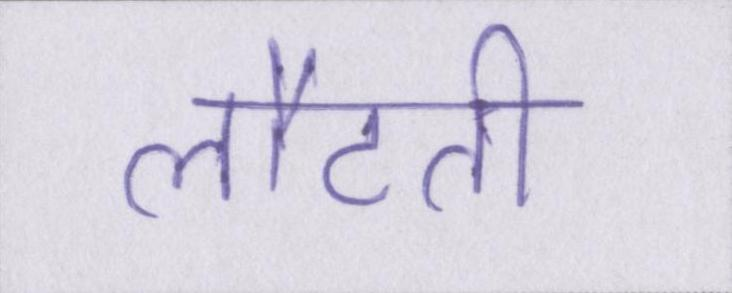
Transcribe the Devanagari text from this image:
लौटती